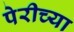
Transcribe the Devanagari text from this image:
पेरीच्या